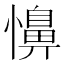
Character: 𢣦